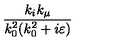
\frac { k _ { i } k _ { \mu } } { k _ { 0 } ^ { 2 } ( k _ { 0 } ^ { 2 } + i \varepsilon ) }